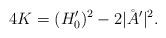
LaTeX: \begin{align*} 4 K = (H_0')^2 - 2 |\AA'|^2.\end{align*}